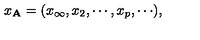
x _ { { \bf A } } = ( x _ { \infty } , x _ { 2 } , \cdots , x _ { p } , \cdots ) ,